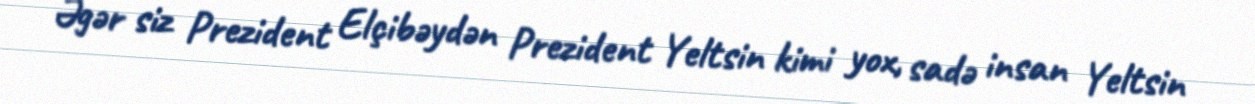
Əgər siz Prezident Elçibəydən Prezident Yeltsin kimi yox, sadə insan Yeltsin